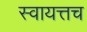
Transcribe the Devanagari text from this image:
स्वायत्तच